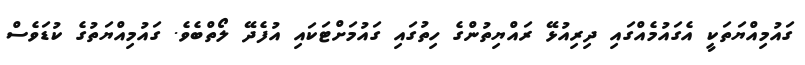
ގައުމިއްޔަތަކީ އެގައުމެއްގައި ދިރިއުޅޭ ރައްޔިތުންގެ ހިތުގައި ގައުމަށްޓަކައި އުފެދޭ ލޯތްބެވެ. ގައުމިއްޔަތުގެ ކުޑަވެސް